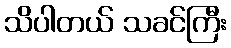
သိပါတယ် သခင်ကြီး